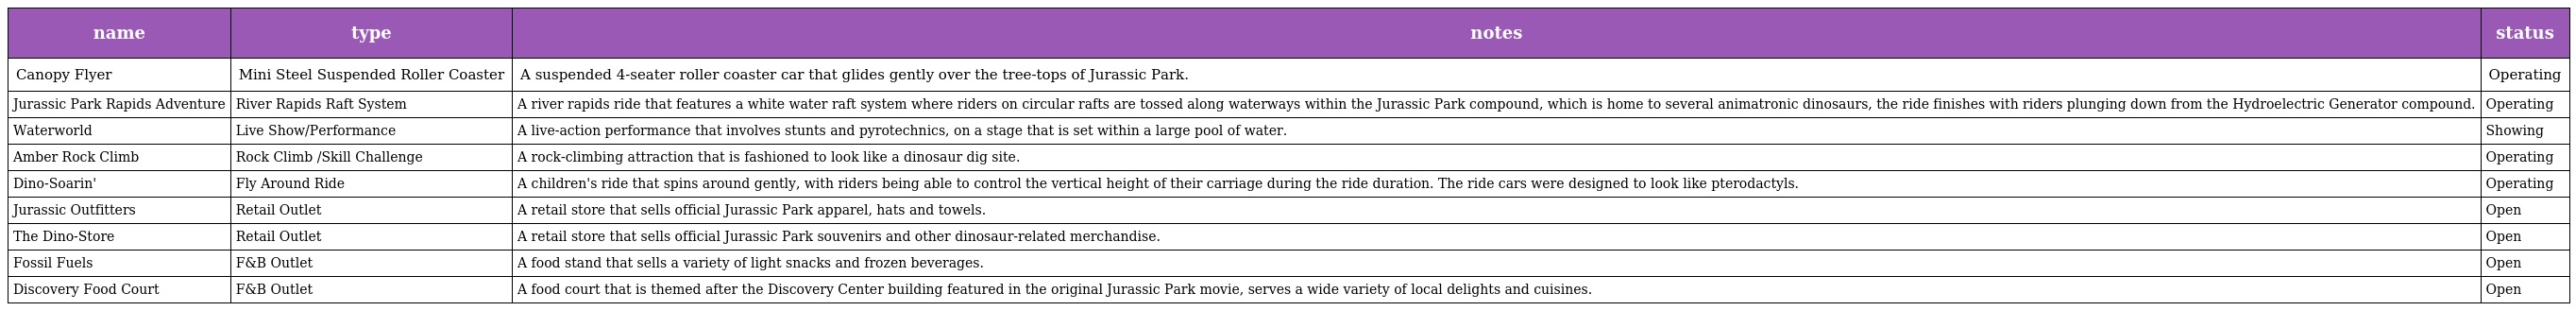
| name | type | notes | status |
 | --- | --- | --- | --- |
 | Canopy Flyer | Mini Steel Suspended Roller Coaster | A suspended 4-seater roller coaster car that glides gently over the tree-tops of Jurassic Park. | Operating |
 | Jurassic Park Rapids Adventure | River Rapids Raft System | A river rapids ride that features a white water raft system where riders on circular rafts are tossed along waterways within the Jurassic Park compound, which is home to several animatronic dinosaurs, the ride finishes with riders plunging down from the Hydroelectric Generator compound. | Operating |
 | Waterworld | Live Show/Performance | A live-action performance that involves stunts and pyrotechnics, on a stage that is set within a large pool of water. | Showing |
 | Amber Rock Climb | Rock Climb /Skill Challenge | A rock-climbing attraction that is fashioned to look like a dinosaur dig site. | Operating |
 | Dino-Soarin' | Fly Around Ride | A children's ride that spins around gently, with riders being able to control the vertical height of their carriage during the ride duration. The ride cars were designed to look like pterodactyls. | Operating |
 | Jurassic Outfitters | Retail Outlet | A retail store that sells official Jurassic Park apparel, hats and towels. | Open |
 | The Dino-Store | Retail Outlet | A retail store that sells official Jurassic Park souvenirs and other dinosaur-related merchandise. | Open |
 | Fossil Fuels | F&B Outlet | A food stand that sells a variety of light snacks and frozen beverages. | Open |
 | Discovery Food Court | F&B Outlet | A food court that is themed after the Discovery Center building featured in the original Jurassic Park movie, serves a wide variety of local delights and cuisines. | Open |